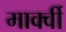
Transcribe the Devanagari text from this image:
मार्क्वी